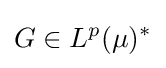
G\in L^{p}(\mu )^{*}